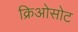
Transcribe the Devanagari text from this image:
क्रिओसोट